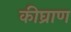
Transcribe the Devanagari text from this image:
कीघ्राण